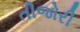
તીજોરી